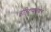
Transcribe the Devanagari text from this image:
इतिहासकारचे